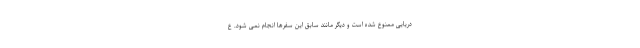
دریایی ممنوع شده است و دیگر مانند سابق این سفرها انجام نمی شود. ع